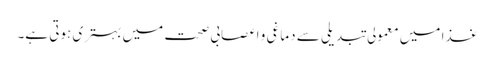
غذا میں معمولی تبدیلی سے دماغی و اعصابی صحت میں بہتری ہوتی ہے۔